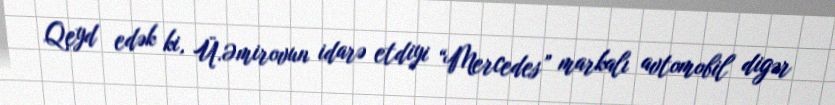
Qeyd edək ki, Ü.Əmirovun idarə etdiyi “Mercedes” markalı avtomobil digər